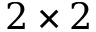
2 \times 2